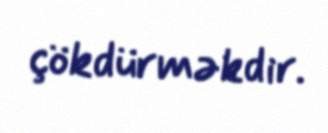
çökdürməkdir.